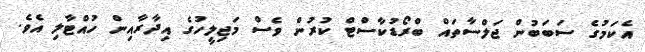
އެކަމުގެ ސަބަބުން ޖަލްސާތައް ބްރޯޑުކާސްޓް ކުރުން ވެސް މަޖިލީހުގެ އިދާރާއިން ހުއްޓާލި އެވެ.